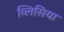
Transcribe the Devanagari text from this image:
व्लिसिया